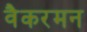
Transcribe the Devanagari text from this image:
वैकरमन